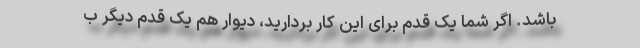
باشد. اگر شما یک قدم برای این کار بردارید، دیوار هم یک قدم دیگر ب